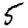
Digit: 5